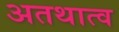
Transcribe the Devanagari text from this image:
अतथात्व